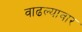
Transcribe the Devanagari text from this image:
वाढल्यावार